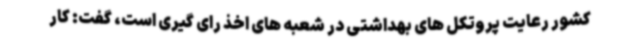
کشور رعایت پروتکل های بهداشتی در شعبه های اخذ رای گیری است، گفت: کار